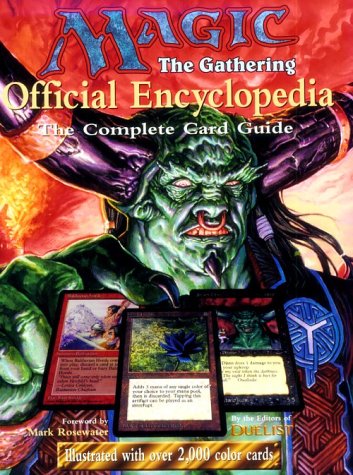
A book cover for Magic: The Gathering -- Official Encyclopedia, Volume 1: The Complete Card Guide (Vol 1); Beth Moursund; Science Fiction & Fantasy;